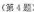
（第4题）